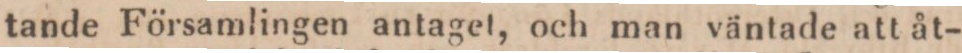
tande Församlingen antaget, och man väntade att åt-